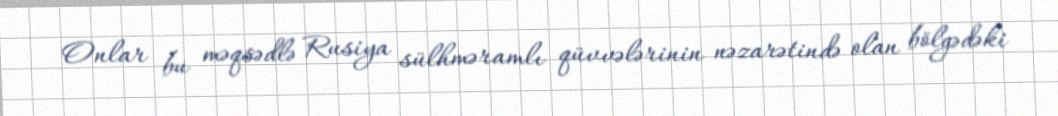
Onlar bu məqsədlə Rusiya sülhməramlı qüvvələrinin nəzarətində olan bölgədəki